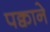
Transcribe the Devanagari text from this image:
पक्वाने